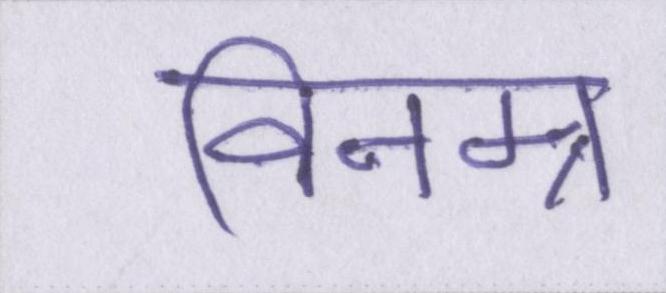
विनम्र